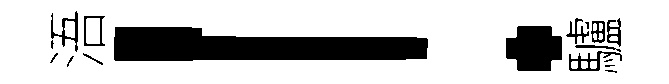
浯！驢